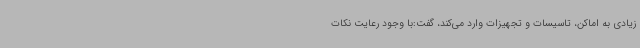
زیادی به اماکن، تاسیسات و تجهیزات وارد می‌کند، گفت:با وجود رعایت نکات